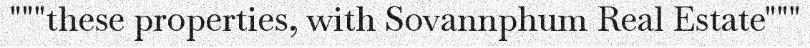
"""these properties, with Sovannphum Real Estate"""